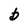
Character: b